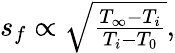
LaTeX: \begin{array}{r}{s_{f}\propto\sqrt{\frac{T_{\infty}-T_{i}}{T_{i}-T_{0}}},}\end{array}